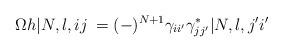
LaTeX: \begin{align*}\Omega h|N,l,ij\> = (-)^{N+1}\gamma_{ii'}\gamma_{jj'}^*|N,l,j'i'\>\end{align*}